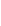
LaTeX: i\! \! \! \! \! \! \! \! \! \! \! \! \in\! \! \! \! \! \! \! \! \! \! \! \! {\! \! \! \! \! \! \! \! \! \! \! \! 1\! \! \! \! \! \! \! \! \! \! \! \! ,\! \! \! \! \! \! \! \! \! \! \! \! 2\! \! \! \! \! \! \! \! \! \! \! \! ,\! \! \! \! \! \! \! \! \! \! \! \! \ldots\! \! \! \! \! \! \! \! \! \! \! \! ,k\! \! \! \! \! \! \! \! \! \! \! \! }\! \! \! \! \! \! \! \! \! \! \!